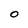
Character: 0